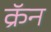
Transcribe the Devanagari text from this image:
क्रॅन